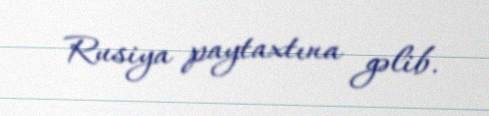
Rusiya paytaxtına gəlib.